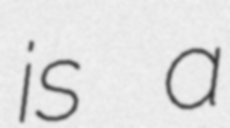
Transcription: is a